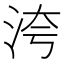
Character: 洿